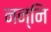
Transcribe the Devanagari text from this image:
नन्नि